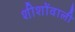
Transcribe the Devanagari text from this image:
शीशोंवाली